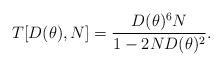
LaTeX: \begin{align*}T[D(\theta), N] = \frac{D(\theta)^6 N}{1-2ND(\theta)^2}.\end{align*}